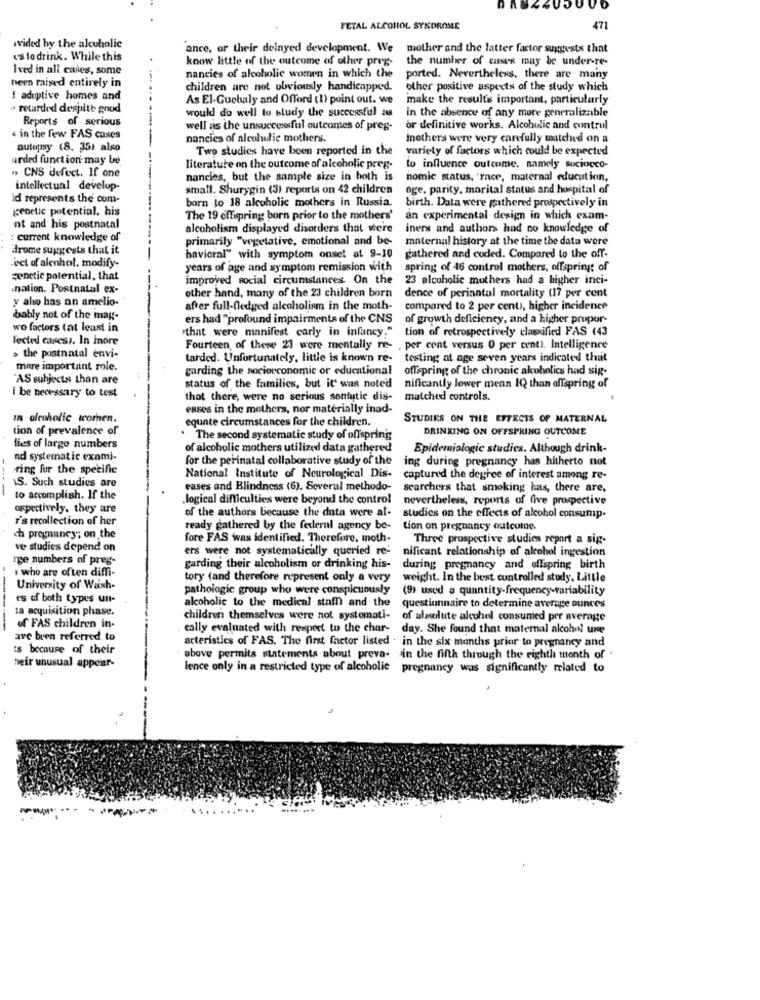
FETAL ALCOHOL SYNDROME
471
wvided by the alcoholic
ance, or their delnyed development. We
mother and the latter factor suggests that
es to drink. While this
know little of the outcome of other preg-
the number of cases may be under-re-
Ived in all cases, some
been raised entirely in
nancies of alcoholic women in which the
ported. Nevertheless, there are many
children are not obviously handicapped.
other positive aspects of the study which
1 adoptive homes and
As El-Guchaly and Offord (1) point out. we
make the results important, particularly
· retarded despite good
Reports of serious
would do well to study the successful as
in the absence of any more generalizable
well as the unsuccessful outcomes of preg-
or definitive works. Alcoholic and control
« in the few FAS cases
nancies of alcohulic mothers.
inothers were very carefully matched on a
autopsy (8. 351 also
Two studies have been reported in the
variety of factors which could be expected
urded function may be
" CNS defect. If one
literature on the outcome of alcoholic preg-
to influence outcome, namely suciocco-
nancies, but the sample size in both is
nomic status, 'race, maternal education,
intellectual develop-
small. Shurygin (3) reports on 42 children
age, parity, marital status and hospital of
id represents the com-
born to 18 alcoholic mothers in Russia.
genetic potential, his
birth. Data were gathered prospectively in
The 19 offspring born prior to the mothers'
an experimental design in which exam-
nt and his postnatal
alcoholism displayed disorders that were
iners and authors had no knowledge of
: current knowledge of
primarily "vegetative, emotional and be-
maternal history at the time the data were
drome suggests that it
havicral" with symptom onset at 9-10
gathered and coded. Compared to the off
ict of alenhol. modify-
years of age and symptom remission with
spring of 46 control mothers, offspring of
genetic potential, that
improved social circumstances. On the
23 alcoholic mothers had a higher inci-
nation. Postnatal ex-
other hand, many of the 23 children born
y also has on amelio-
dence of perinatal mortality (17 per cent
after full-fledged alcoholism in the moth-
compared to 2 per cent, higher incidence
bably not of the mag-
ers had "profound impairments of the CNS
of growth deficiency, and a higher propor-
wo factors (at least in
"that were manifest carly in infancy."
tion of retrospectively classified FAS (43
lected caress. In inore
Fourteen, of these 23 were mentally re-
. per cent versus 0 per cent). Intelligence
> the postnatal envi-
tarded. Unfortunately, little is known re-
testing at age seven years indicated that
more important role.
garding the socioeconomic or educational
offspring of the chronic akuholics had sig-
"AS subjects than are
i be necessary to test
status of the families, but it was noted
nificantly lower mean IQ than offspring of
that there, were no serious sontutic dis-
matched controls.
eases in the mothers, nor materially inad-
In alcoholic wromen.
equate circumstances for the children.
STUDIES ON THE EFFECTS OF MATERNAL
tion of prevalence of
DRINKING ON OFFSPRING OUTCOME
. The second systematic study of offspring
dies of large numbers
of alcoholic mothers utilized data gathered
Epidemiologic studies. Although drink-
nd systematic exami-
for the perinatal collaborative study of the
ing during pregnancy has hitherto not
ring fur the specific
S. Such studies are
National Institute of Neurological Dis-
captured the degree of interest among re-
eases and Blindness (6). Several methodo-
searchers that smoking has, there are,
to accomplish. If the
.logical difficulties were beyond the control
nevertheless, reports of five prospective
ospertively. they are
of the authors because the data were al-
r's recollection of her
studies on the effects of alcohol consump-
ready gathered by the federal agency be- tion on pregnancy outcome
ch pregnancy"; on the
fore FAS was identified. Therefore, moth-
Three prospective studies report a sig-
ve studies depend on
ers were not systematically queried re-
nificant relationship of alcohol ingestion
rge numbers of preg-
who are often diffi-
garding their alcoholism or drinking his-
during pregnancy and offspring birth
tory (and therefore represent only a very
weight. In the best controlled study. Little
University of Wash-
pathologic group who were conspicuously (9) used a quantity-frequency-variability
es uf both types un-
alcoholic to the medical staff) and the
ta acquisition phase.
questionnaire to determine average ounces
children themselves were not systemati-
of absolute alcohol consumed per average
of FAS children in-
cally evaluated with respect to the char-
day. She found that maternal alcohol use
avc buen referred to
is because of their
acteristics of FAS. The first factor listed . in the six months prior to pregnancy and
above permits statements about preva- in the fifth through the eighth month of '
heir unusual appear-
lence only in a restricted type of alcoholic
pregnancy was significantly related to